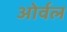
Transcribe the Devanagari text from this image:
ओर्वल